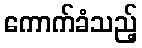
ကောက်ခံသည့်